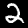
Digit: 2